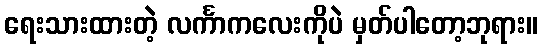
ရေးသားထားတဲ့ လင်္ကာကလေးကိုပဲ မှတ်ပါတော့ဘုရား။